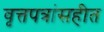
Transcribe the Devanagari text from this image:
वृत्तपत्रांसहीत